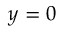
\boldsymbol { y } = \boldsymbol { 0 }